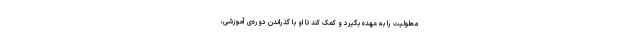
معلولیت را به عهده بگیرد و کمک کند تا او با گذراندن دوره‌ی آموزشی،